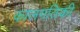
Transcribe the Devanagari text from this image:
कालगतिकी